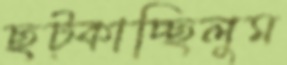
ছট্‌কাচ্ছিলুম